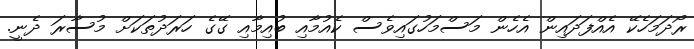
ރޯދަމަހެކޭ އެއްފަދައިން އެހެން މަސްމަހުގައިވެސް ކެއުމާއި ބުއިމާއި ގޭގެ ހަރަދުތަކަށް މުސާރަ ދެނީ.